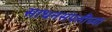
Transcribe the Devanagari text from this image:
साधनसंपत्तीच्या